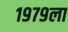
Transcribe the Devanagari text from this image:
१९७९ला